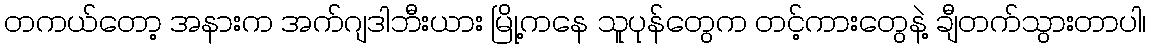
တကယ်တော့ အနားက အက်ဂျဒါဘီးယား မြို့ကနေ သူပုန်တွေက တင့်ကားတွေနဲ့ ချီတက်သွားတာပါ၊